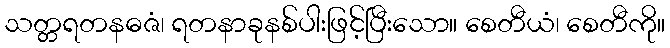
သတ္တရတနဓဇံ၊ ရတနာခုနစ်ပါးဖြင့်ပြီးသော။ စေတီယံ၊ စေတီကို။